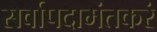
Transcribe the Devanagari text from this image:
सर्वापदामंतकरं